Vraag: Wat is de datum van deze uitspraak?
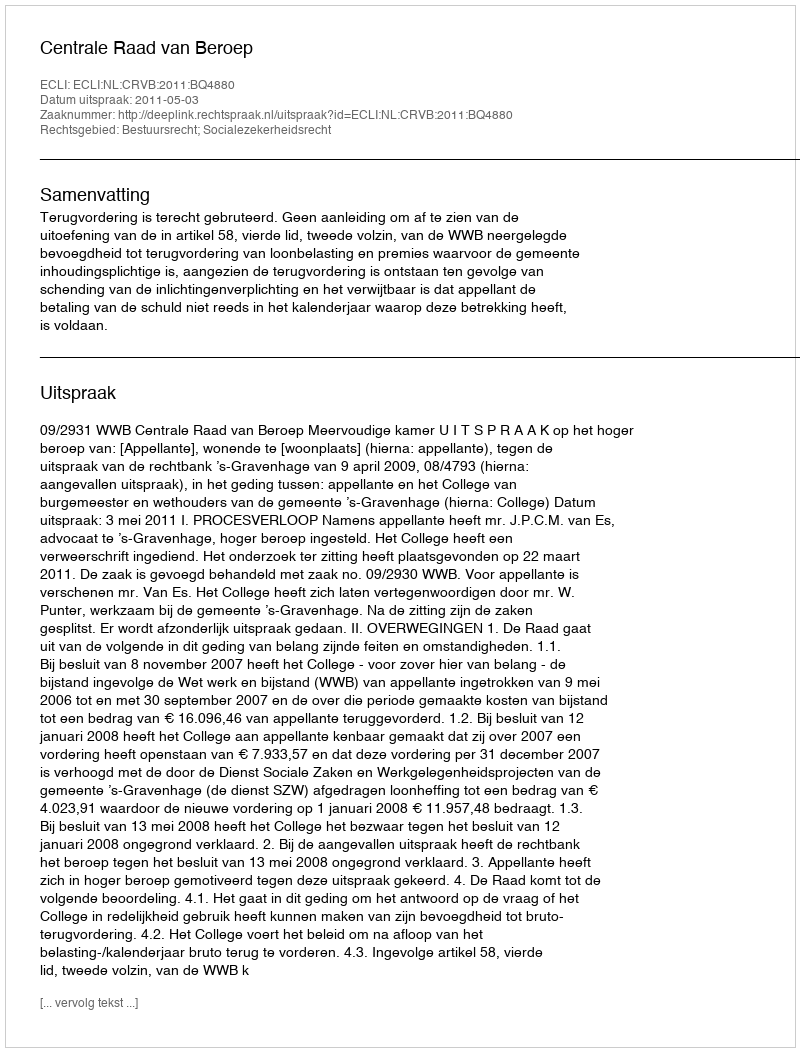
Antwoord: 2011-05-03